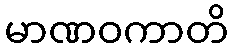
မာဏဝကာတိ